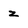
Character: z